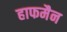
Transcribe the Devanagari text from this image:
हाफमैन